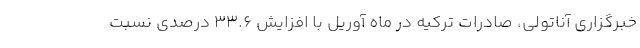
خبرگزاری آناتولی، صادرات ترکیه در ماه آوریل با افزایش ۳۳.۶ درصدی نسبت